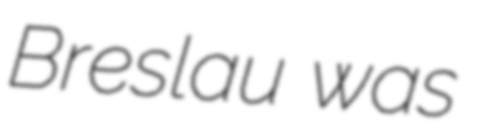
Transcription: Breslau was